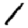
Digit: 1